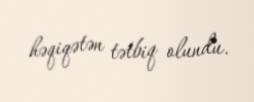
həqiqətən tətbiq olundu.